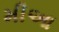
મીઆ